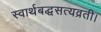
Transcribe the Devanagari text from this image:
स्वार्थबद्धसत्यव्रती।